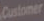
Customer